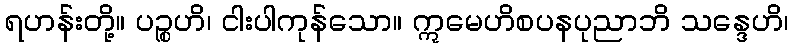
ရဟန်းတို့။ ပဉ္စဟိ၊ ငါးပါကုန်သော။ ဣမေဟိစပနပုညာဘိ သန္ဒေဟိ၊